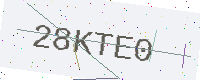
Text: 28KTE0